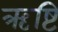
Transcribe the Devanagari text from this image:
ऋष्टि